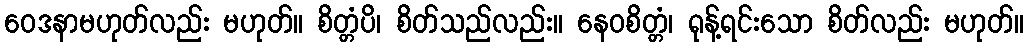
ဝေဒနာမဟုတ်လည်း မဟုတ်။ စိတ္တံပိ၊ စိတ်သည်လည်း။ နေဝစိတ္တံ၊ ရုန့်ရင်းသော စိတ်လည်း မဟုတ်။